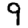
Digit: 9